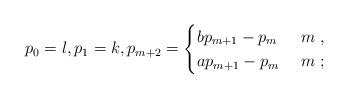
LaTeX: \begin{align*}p_0=l, p_1=k, p_{m+2}=\begin{cases}bp_{m+1}-p_m & \ m \ , \\ap_{m+1}-p_m & \ m \ ; \\\end{cases}\end{align*}